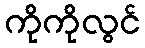
ကိုကိုလွင်